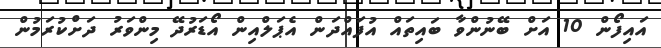
އައިފޯން 10 އަށް ބޭނުންވާ ބައިތައް އުފައްދަން އެޕަލްއިން އޯޑަރުދޭ މިންވަރު ދަށްކުރަމުން